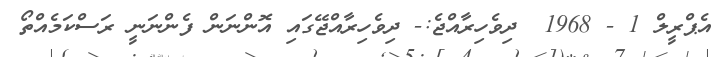
އެޕްރީލް 1 - 1968  ދިވެހިރާއްޖެ:- ދިވެހިރާއްޖޭގައި އޮންނަން ފެންނަނީ ރަސްކަމެއްތޯ